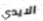
الايدي